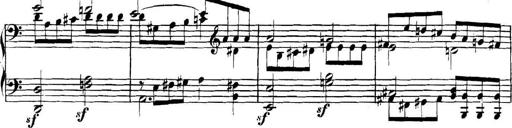
Title: Collected Piano Sonatas
Composer: Muzio Clementi